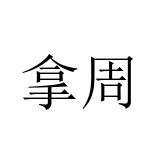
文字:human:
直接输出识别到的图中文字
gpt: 拿周